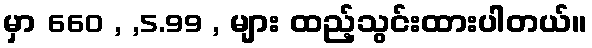
မှာ 660 , ,5.99 , များ ထည့်သွင်းထားပါတယ်။